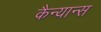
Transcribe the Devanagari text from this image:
कैन्यान्स